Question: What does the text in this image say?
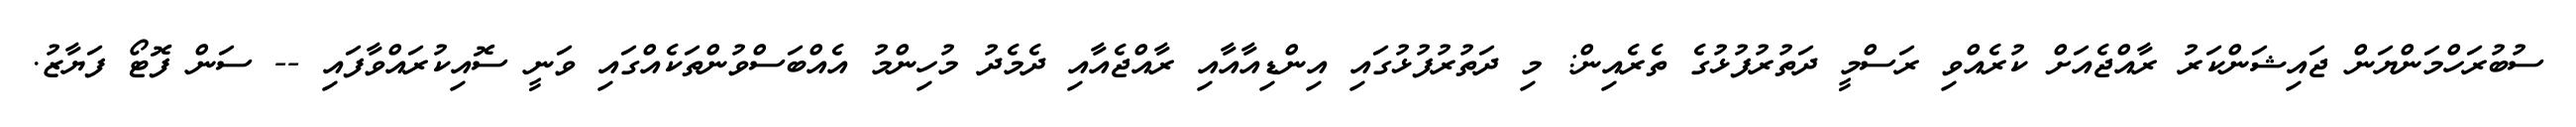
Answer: ސުބުރަހްމަންޔަން ޖައިޝަންކަރު ރާއްޖެއަށް ކުރެއްވި ރަސްމީ ދަތުރުފުޅުގެ ތެރެއިން: މި ދަތުރުފުޅުގައި އިންޑިއާއާއި ރާއްޖެއާއި ދެމެދު މުހިންމު އެއްބަސްވުންތަކެއްގައި ވަނީ ސޮއިކުރައްވާފައި -- ސަން ފޮޓޯ ފަޔާޒު.